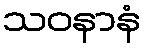
သဝနာနံ